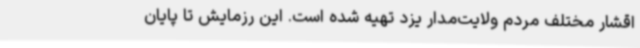
اقشار مختلف مردم ولایت‌مدار یزد تهیه شده است. این رزمایش تا پایان